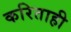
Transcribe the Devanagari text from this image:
करिताही